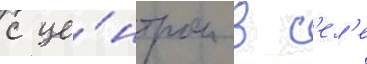
с це́нтром в с'ел'е